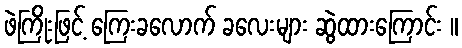
ဖဲကြိုးဖြင့် ကြေးခလောက် ခလေးများ ဆွဲထားကြောင်း ။